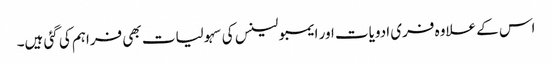
اس کے علاوہ فری ادویات اور ایمبولینس کی سہولیات بھی فراہم کی گئی ہیں۔